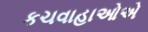
કચવાહાઓએ